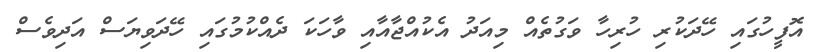
އޮފީހުގައި ހޭދަކުރި ހުރިހާ ވަގުތެއް މިއަދު އެކުއްޖާއާއި ވާހަކަ ދެއްކުމުގައި ހޭދަވިޔަސް އަދިވެސް